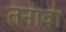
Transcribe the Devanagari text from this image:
तनावा